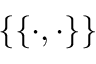
\{ \{ \cdot , \cdot \} \}